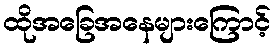
ထိုအခြေအနေများကြောင့်